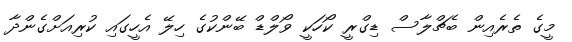
މީގެ ތެރެއިން ބެޗްލާސް ޑިގްރީ ކޯހަކީ ވޯލްޑް ބޭންކުގެ ހިލޭ އެހީގައި ކުރިއަަށްގެންދާ